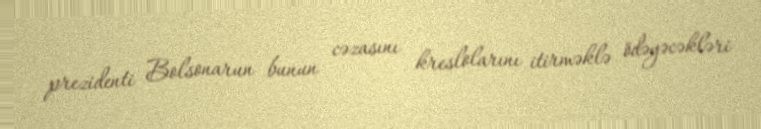
prezidenti Bolsonarun bunun cəzasını kreslolarını itirməklə ödəyəcəkləri